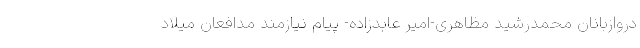
دروازبانان محمدرشید مظاهری-امیر عابدزاده- پیام نیازمند مدافعان میلاد